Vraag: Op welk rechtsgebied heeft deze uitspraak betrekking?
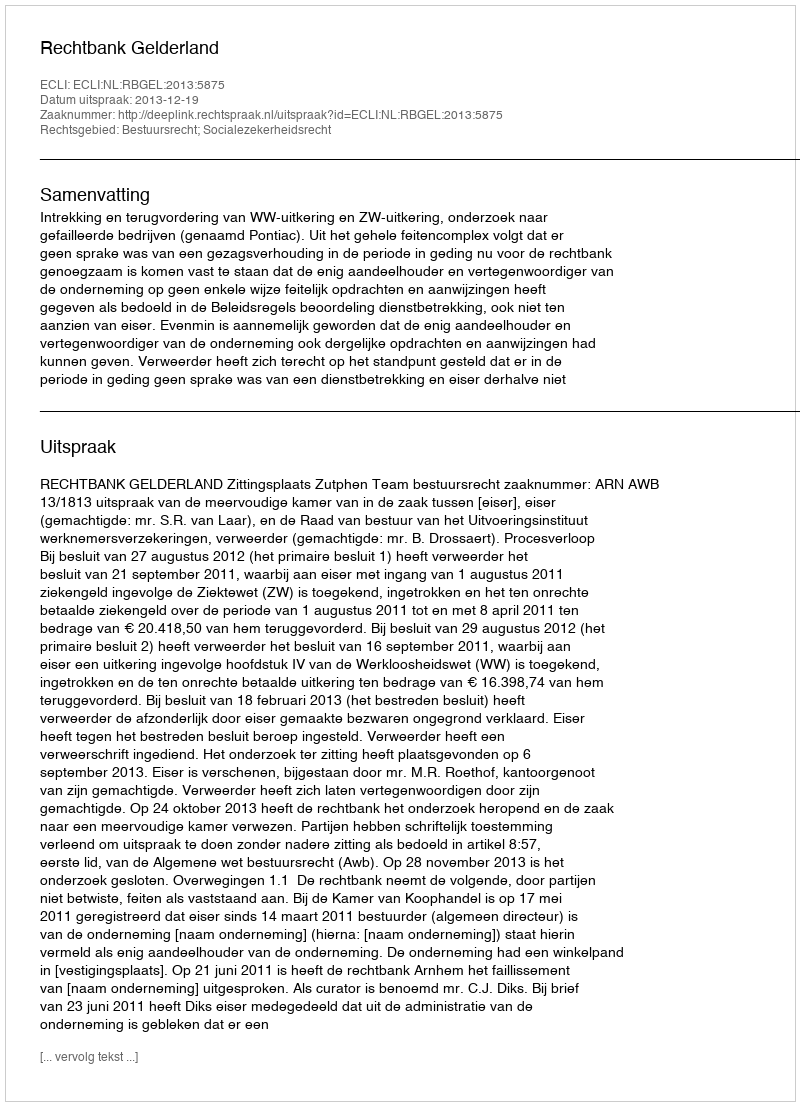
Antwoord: Bestuursrecht; Socialezekerheidsrecht